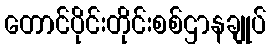
တောင်ပိုင်းတိုင်းစစ်ဌာနချုပ်